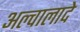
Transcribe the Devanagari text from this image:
अल्वालादे